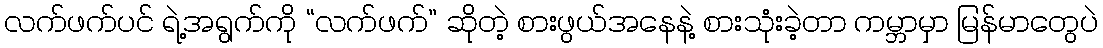
လက်ဖက်ပင် ရဲ့အရွက်ကို “လက်ဖက်” ဆိုတဲ့ စားဖွယ်အနေနဲ့ စားသုံးခဲ့တာ ကမ္ဘာမှာ မြန်မာတွေပဲ